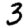
Digit: 3